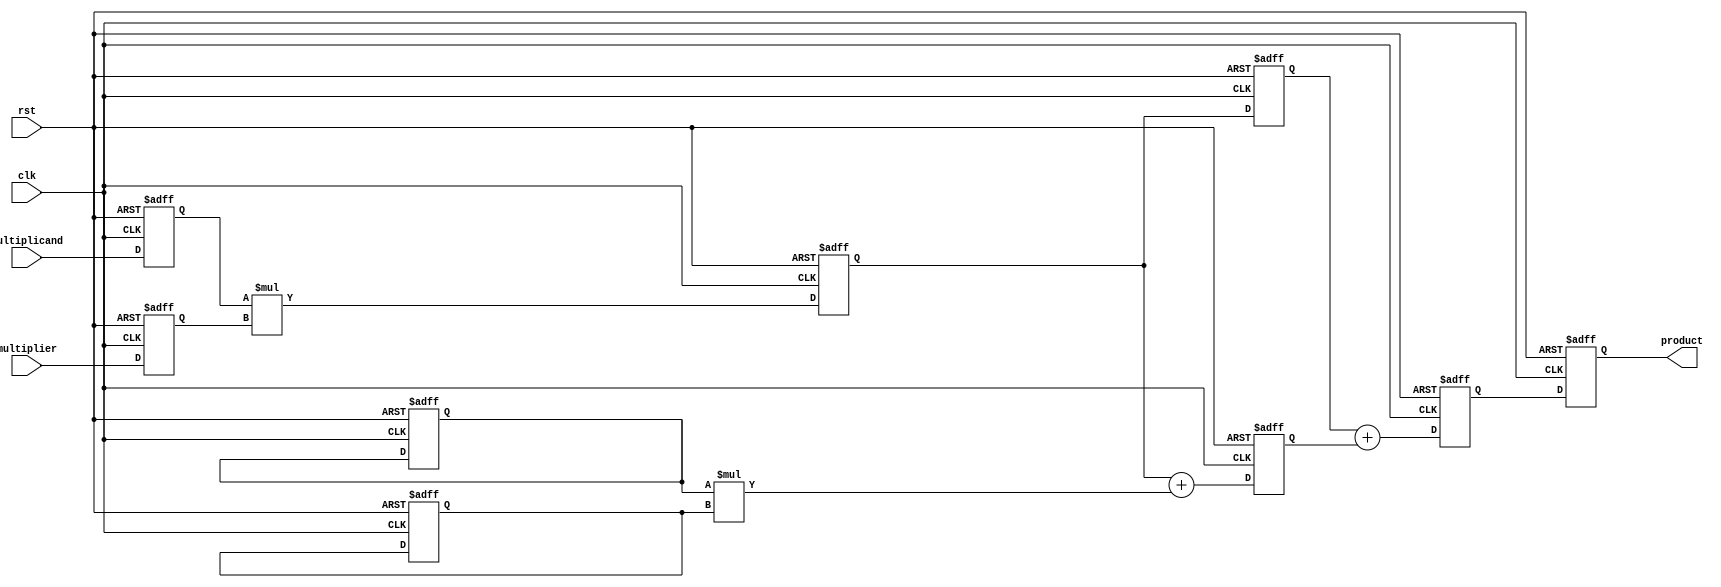
module systolic_multiplier #(
    parameter WIDTH = 8 // Bit-width for inputs and outputs
)(
    input clk,
    input rst,
    input [WIDTH-1:0] multiplicand, // Input multiplicand
    input [WIDTH-1:0] multiplier, // Input multiplier
    output reg [2*WIDTH-1:0] product // Output product
);

    // Processing Element (PE) structure
    reg [WIDTH-1:0] pe_a[1:0][1:0]; // Inputs to PEs
    reg [WIDTH-1:0] pe_b[1:0][1:0]; // Inputs to PEs
    reg [2*WIDTH-1:0] pe_out[1:0][1:0]; // Outputs from PEs

    integer i, j;

    // Initialize the PEs
    always @(posedge clk or posedge rst) begin
        if (rst) begin
            // Reset all PEs
            for (i = 0; i < 2; i = i + 1) begin
                for (j = 0; j < 2; j = j + 1) begin
                    pe_a[i][j] <= 0;
                    pe_b[i][j] <= 0;
                    pe_out[i][j] <= 0;
                end
            end
            product <= 0;
        end else begin
            // Load inputs into the first row of PEs
            pe_a[0][0] <= multiplicand; // Load multiplicand into PE(0,0)
            pe_b[0][0] <= multiplier; // Load multiplier into PE(0,0)

            // Perform multiplication and accumulation
            for (i = 0; i < 2; i = i + 1) begin
                for (j = 0; j < 2; j = j + 1) begin
                    if (i == 0 && j == 0) begin
                        // First PE: multiply inputs
                        pe_out[i][j] <= pe_a[i][j] * pe_b[i][j];
                    end else if (i == 0) begin
                        // First row: accumulate from left PE
                        pe_out[i][j] <= pe_out[i][j-1] + pe_a[i][j] * pe_b[i][j];
                    end else if (j == 0) begin
                        // First column: pass down the accumulated value
                        pe_out[i][j] <= pe_out[i-1][j];
                    end else begin
                        // Internal PEs: accumulate from left and top PEs
                        pe_out[i][j] <= pe_out[i][j-1] + pe_out[i-1][j];
                    end
                end
            end

            // Final product is the output from the last PE
            product <= pe_out[1][1];
        end
    end
endmodule